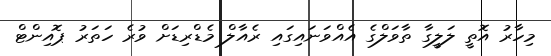
މިހާރު އޮތީ ލަލީގާ ތާވަލްގެ އެއްވަނައިގައި ރެއާލް މެޑްރިޑަށް ވުރެ ހަތަރު ޕޮއިންޓް